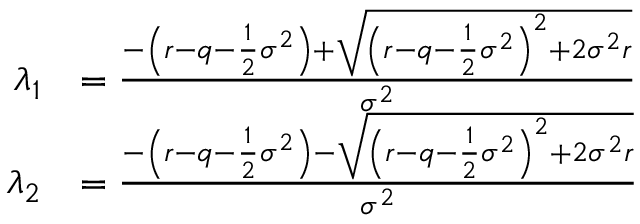
{ \begin{array} { r l } { \lambda _ { 1 } } & { = { \frac { - \left( r - q - { \frac { 1 } { 2 } } \sigma ^ { 2 } \right) + { \sqrt { \left( r - q - { \frac { 1 } { 2 } } \sigma ^ { 2 } \right) ^ { 2 } + 2 \sigma ^ { 2 } r } } } { \sigma ^ { 2 } } } } \\ { \lambda _ { 2 } } & { = { \frac { - \left( r - q - { \frac { 1 } { 2 } } \sigma ^ { 2 } \right) - { \sqrt { \left( r - q - { \frac { 1 } { 2 } } \sigma ^ { 2 } \right) ^ { 2 } + 2 \sigma ^ { 2 } r } } } { \sigma ^ { 2 } } } } \end{array} }